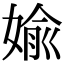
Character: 媮